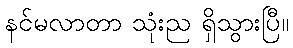
နင်မလာတာ သုံးည ရှိသွားပြီ။